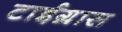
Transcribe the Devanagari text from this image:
टाईग्रास